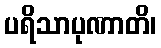
ပရိသာပုဏာတိ၊